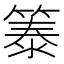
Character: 𫂐